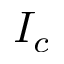
I _ { c }